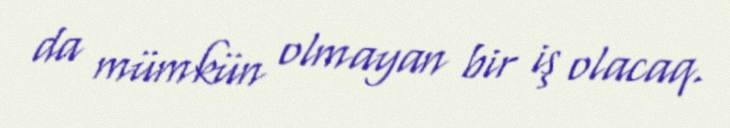
da mümkün olmayan bir iş olacaq.